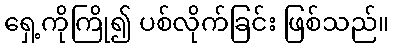
ရှေ့ကိုကြို၍ ပစ်လိုက်ခြင်း ဖြစ်သည်။